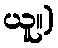
ယူ။)